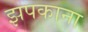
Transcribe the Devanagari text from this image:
झपकाना